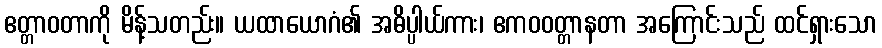
ဧတ္တာဝတာကို မိန့်သတည်း။ ယထာယောဂံ၏ အဓိပ္ပါယ်ကား၊ ဧကဝဝတ္တာနတာ အကြောင်းသည် ထင်ရှားသော